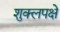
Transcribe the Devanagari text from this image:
शुक्लपक्षे